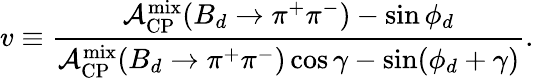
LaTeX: v\equiv\frac{{\cal A}_{\mathrm{CP}}^{\mathrm{mix}}(B_{d}\to\pi^{+}\pi^{-})-\sin\phi_{d}}{{\cal A}_{\mathrm{CP}}^{\mathrm{mix}}(B_{d}\to\pi^{+}\pi^{-})\cos\gamma-\sin(\phi_{d}+\gamma)}.